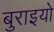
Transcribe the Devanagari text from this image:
बुराइयो